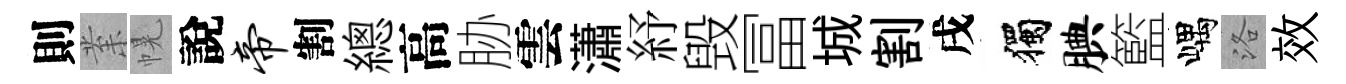
則𭪙幌說帝割總高胁雲瀟紓毁冨城割戌獨腆籃嵎洛效